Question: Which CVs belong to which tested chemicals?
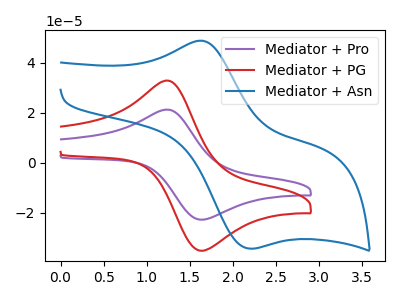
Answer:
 <answer>The purple curve is labeled "Mediator + Pro". The red curve is labeled "Mediator + PG". The blue curve is labeled "Mediator + Asn".</answer>
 <eval></eval>